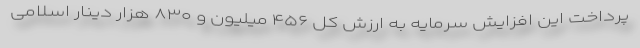
پرداخت این افزایش سرمایه به ارزش کل ۴۵۶ میلیون و ۸۳۰ هزار دینار اسلامی